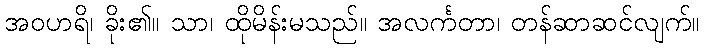
အဝဟရိ၊ ခိုး၏။ သာ၊ ထိုမိန်းမသည်။ အလင်္ကတာ၊ တန်ဆာဆင်လျက်။